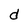
Character: d